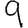
Digit: 9